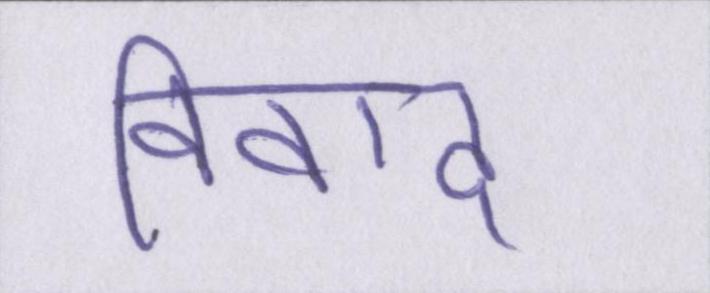
विवाद